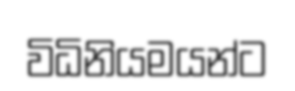
විධිනියමයන්ට